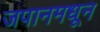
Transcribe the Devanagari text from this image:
जपानमधून